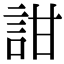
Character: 詌